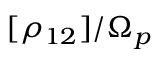
[ \rho _ { 1 2 } ] / \Omega _ { p }